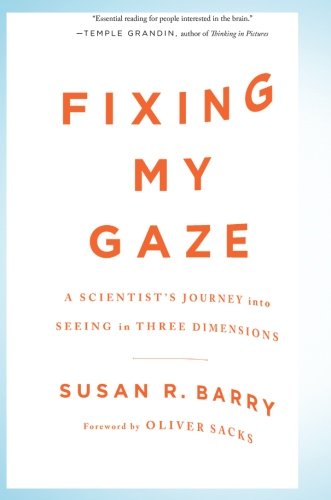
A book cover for Fixing My Gaze: A Scientist's Journey Into Seeing in Three Dimensions; Susan R. Barry; Science & Math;